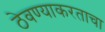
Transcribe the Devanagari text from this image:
ठेवण्याकरताचा